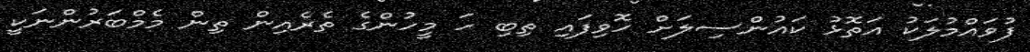
ފުވައްމުލަކު އަތޮޅު ކައުންސިލަށް ހޮވިފައި ތިބި ހަ މީހުންގެ ތެރެއިން ތިން މެމްބަރުންނަކީ